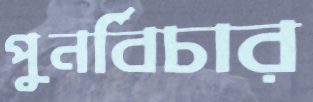
পুনর্বিচার